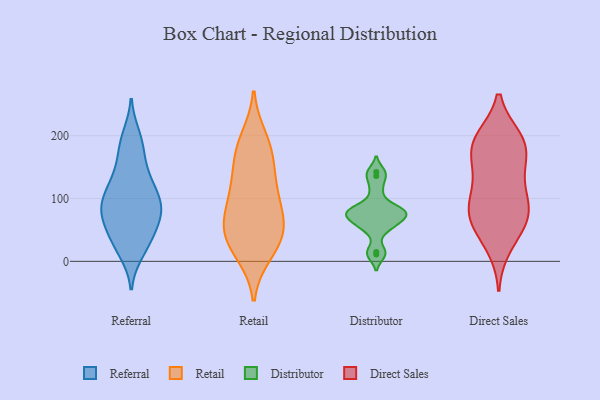
{"axis": {"x": "Operating Costs (USD K)", "y": "Value"}, "legend": ["Direct Sales", "Distributor", "Referral", "Retail"], "data": [{"x": "", "y": 189, "type": "Referral"}, {"x": "", "y": 119, "type": "Referral"}, {"x": "", "y": 54, "type": "Referral"}, {"x": "", "y": 127, "type": "Referral"}, {"x": "", "y": 37, "type": "Referral"}, {"x": "", "y": 82, "type": "Referral"}, {"x": "", "y": 199, "type": "Referral"}, {"x": "", "y": 95, "type": "Referral"}, {"x": "", "y": 83, "type": "Referral"}, {"x": "", "y": 15, "type": "Referral"}, {"x": "", "y": 174, "type": "Referral"}, {"x": "", "y": 69, "type": "Referral"}, {"x": "", "y": 74, "type": "Referral"}, {"x": "", "y": 96, "type": "Referral"}, {"x": "", "y": 123, "type": "Referral"}, {"x": "", "y": 86, "type": "Referral"}, {"x": "", "y": 149, "type": "Referral"}, {"x": "", "y": 38, "type": "Referral"}, {"x": "", "y": 22, "type": "Referral"}, {"x": "", "y": 196, "type": "Retail"}, {"x": "", "y": 107, "type": "Retail"}, {"x": "", "y": 37, "type": "Retail"}, {"x": "", "y": 45, "type": "Retail"}, {"x": "", "y": 14, "type": "Retail"}, {"x": "", "y": 119, "type": "Retail"}, {"x": "", "y": 48, "type": "Retail"}, {"x": "", "y": 173, "type": "Retail"}, {"x": "", "y": 12, "type": "Retail"}, {"x": "", "y": 82, "type": "Retail"}, {"x": "", "y": 49, "type": "Retail"}, {"x": "", "y": 61, "type": "Retail"}, {"x": "", "y": 158, "type": "Retail"}, {"x": "", "y": 133, "type": "Retail"}, {"x": "", "y": 87, "type": "Retail"}, {"x": "", "y": 186, "type": "Retail"}, {"x": "", "y": 15, "type": "Distributor"}, {"x": "", "y": 76, "type": "Distributor"}, {"x": "", "y": 87, "type": "Distributor"}, {"x": "", "y": 113, "type": "Distributor"}, {"x": "", "y": 69, "type": "Distributor"}, {"x": "", "y": 142, "type": "Distributor"}, {"x": "", "y": 81, "type": "Distributor"}, {"x": "", "y": 62, "type": "Distributor"}, {"x": "", "y": 80, "type": "Distributor"}, {"x": "", "y": 136, "type": "Distributor"}, {"x": "", "y": 11, "type": "Distributor"}, {"x": "", "y": 60, "type": "Distributor"}, {"x": "", "y": 49, "type": "Distributor"}, {"x": "", "y": 78, "type": "Distributor"}, {"x": "", "y": 75, "type": "Direct Sales"}, {"x": "", "y": 195, "type": "Direct Sales"}, {"x": "", "y": 64, "type": "Direct Sales"}, {"x": "", "y": 85, "type": "Direct Sales"}, {"x": "", "y": 130, "type": "Direct Sales"}, {"x": "", "y": 98, "type": "Direct Sales"}, {"x": "", "y": 24, "type": "Direct Sales"}, {"x": "", "y": 45, "type": "Direct Sales"}, {"x": "", "y": 140, "type": "Direct Sales"}, {"x": "", "y": 192, "type": "Direct Sales"}, {"x": "", "y": 72, "type": "Direct Sales"}, {"x": "", "y": 187, "type": "Direct Sales"}, {"x": "", "y": 189, "type": "Direct Sales"}, {"x": "", "y": 156, "type": "Direct Sales"}, {"x": "", "y": 182, "type": "Direct Sales"}, {"x": "", "y": 89, "type": "Direct Sales"}]}